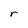
Character: r